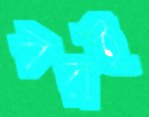
বরই